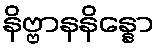
နိဗ္ဗာနနိန္နော